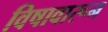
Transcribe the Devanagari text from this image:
विषावारून